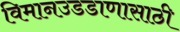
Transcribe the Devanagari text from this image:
विमानउडडाणासाठी